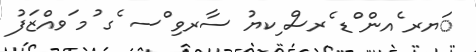
ަޔރ ެއން ްޑ ެރސް ިކޔު ސާރވި ްސ ެގ ުމ ަވއްޒަފު